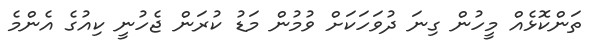
ތަންކޮޅެއް މީހުން ގިނަ ދުވަހަކަށް ވުމުން މަޑު ކުރަން ޖެހުނީ ކިއުގެ އެންމެ